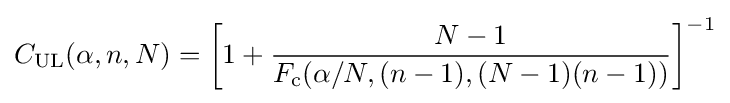
C_{\text{UL}}(\alpha ,n,N)=\left[1+{\frac {N-1}{F_{\text{c}}(\alpha /N,(n-1),(N-1)(n-1))}}\right]^{-1}